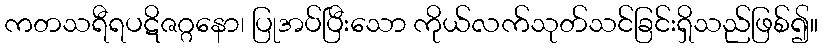
ကတသရီရပဋိဇဂ္ဂနော၊ ပြုအပ်ပြီးသော ကိုယ်လက်သုတ်သင်ခြင်းရှိသည်ဖြစ်၍။